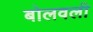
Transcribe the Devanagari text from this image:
बोलवली